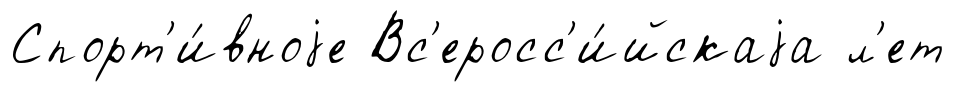
Спорт'и́вноjе Вс'еросс'и́йскаjа л'ет